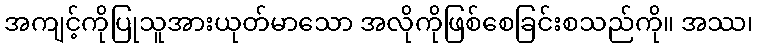
အကျင့်ကိုပြုသူအားယုတ်မာသော အလိုကိုဖြစ်စေခြင်းစသည်ကို။ အဿ၊